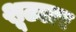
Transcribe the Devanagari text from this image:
शूटलर